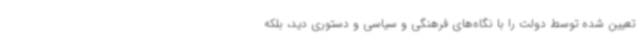
تعیین شده توسط دولت را با نگاه‌های فرهنگی و سیاسی و دستوری دید، بلکه